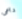
داعى